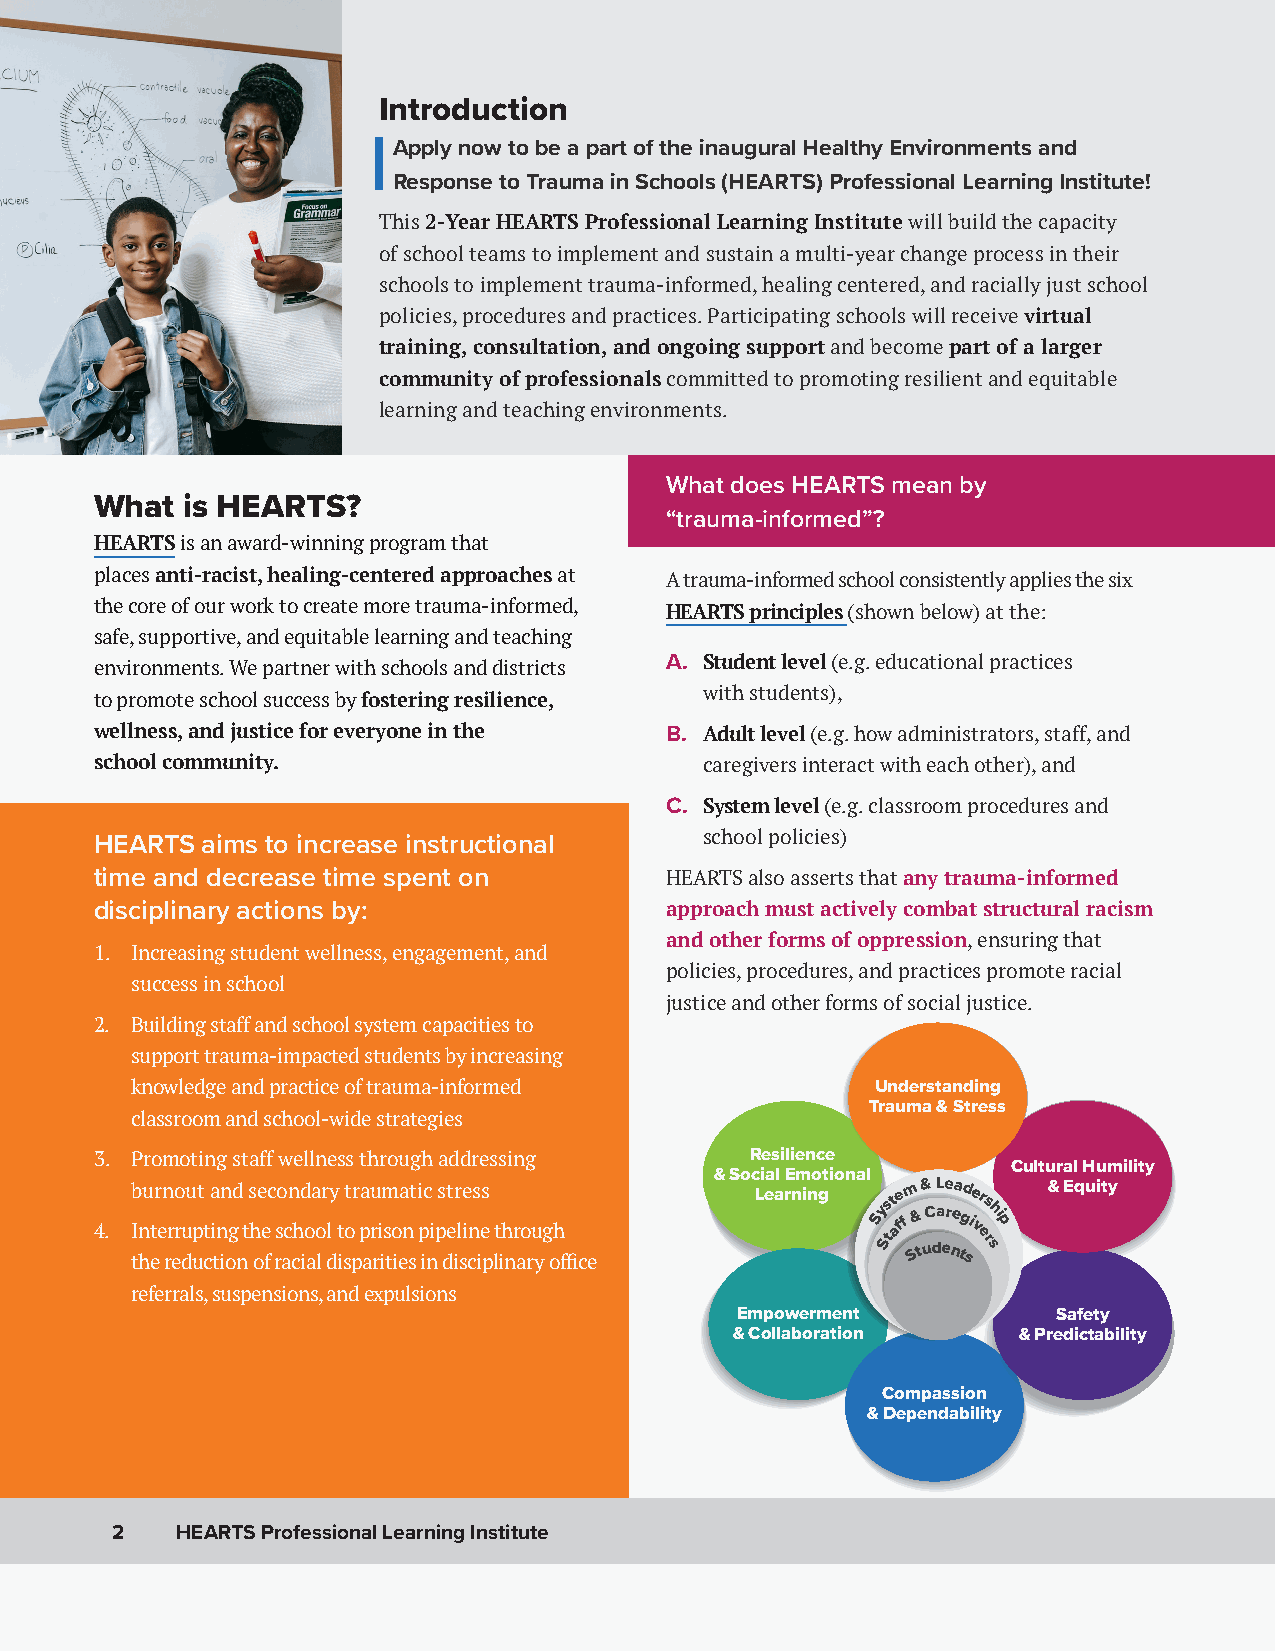
Introduction
 Apply now to be a part of the inaugural Healthy Environments and
 Response to Trauma in Schools (HEARTS) Professional Learning Institute!
 This 2-Year HEARTS Professional Learning Institute will build the capacity
 of school teams to implement and sustain a multi-year change process in their
 schools to implement trauma-informed, healing centered, and racially just school
 policies, procedures and practices. Participating schools will receive virtual
 training, consultation, and ongoing support and become part of a larger
 community of professionals committed to promoting resilient and equitable
 learning and teaching environments.
 What does HEARTS mean by
 What  is HEARTS?
 “trauma-informed”?
 HEARTS is an award-winning program that
 places anti-racist, healing-centered approaches at A trauma-informed school consistently applies the six
 the core of our work to create more trauma-informed, HEARTS principles (shown below) at the:
 safe, supportive, and equitable learning and teaching
 environments. We partner with schools and districts A. Student level (e.g. educational practices
 with students),
 to promote school success by fostering resilience,
 wellness, and justice for everyone in the B. Adult level (e.g. how administrators, staff, and
 school community.                        caregivers interact with each other), and
 C. System level (e.g. classroom procedures and
 school policies)
 HEARTS aims to increase instructional
 time and decrease time spent on       HEARTS also asserts that any trauma-informed
 disciplinary actions by:              approach must actively combat structural racism
 and other forms of oppression, ensuring that
 1. Increasing student wellness, engagement, and
 policies, procedures, and practices promote racial
 success in school
 justice and other forms of social justice.
 2. Building staff and school system capacities to
 support trauma-impacted students by increasing
 knowledge and practice of trauma-informed        Understanding
 Trauma & Stress
 classroom and school-wide strategies
 3. Promoting staff wellness through addressing Resilience
 Cultural Humility
 & Social Emotional
 4.
 b Inu tr en rro uu pt
 t
 a inn gd
 t
 s he ec so cn hd oa or ly
 t
 otr pau rim soa nt i pc
 i
 ps etr le ins es
 through
 Learning Syst ae ffm
 &
 &
 C
 L ae rea gd ie vrs
 hi
 p
 & Equity
 the reduction of racial disparities in disciplinary office
 St
 S
 tudentser
 s
 referrals, suspensions, and expulsions
 Empowerment          Safety
 & Collaboration   & Predictability
 Compassion
 & Dependability
 2    HEARTS Professional Learning Institute